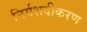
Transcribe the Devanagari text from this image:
निर्यशदीकरण